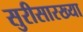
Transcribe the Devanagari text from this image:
सुरीसारख्या